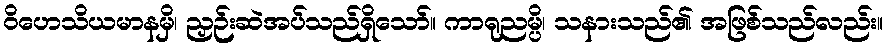
ဝိဟေသိယမာနမှိ၊ ညှဉ်းဆဲအပ်သည်ရှိသော်။ ကာရုညမ္ပိ၊ သနားသည်၏ အဖြစ်သည်လည်း။